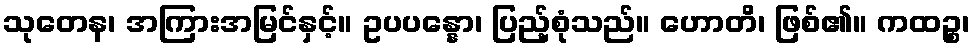
သုတေန၊ အကြားအမြင်နှင့်။ ဥပပန္နော၊ ပြည့်စုံသည်။ ဟောတိ၊ ဖြစ်၏။ ကထဉ္စ၊